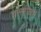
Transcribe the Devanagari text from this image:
हल्लीकर